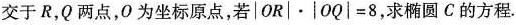
交于R，Q两点，O为坐标原点，若$$ |OR| \cdot |OQ| = 8 $$，求椭圆C的方程.